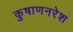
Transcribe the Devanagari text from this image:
कुषाणनरेश